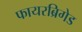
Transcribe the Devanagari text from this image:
फायरब्रिगेड